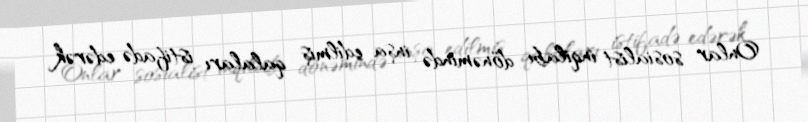
Onlar sosialist inqilabı dönəmində inşa edilmiş qalaları istifadə edərək